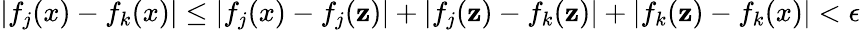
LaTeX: |f_{j}(x)-f_{k}(x)|\leq|f_{j}(x)-f_{j}(\mathbf{z})|+|f_{j}(\mathbf{z})-f_{k}(\mathbf{z})|+|f_{k}(\mathbf{z})-f_{k}(x)|<\epsilon